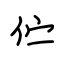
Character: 伫